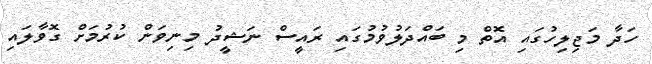
ހަދާ މަޖިލިހުގައި އޮތް މި ބައްދަލުވުމުގައި ރައީސް ނަޝީދު މިނިވަން ކުރުމަށް ގޮވާލައި